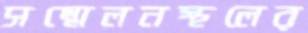
সম্মেলনস্থলের